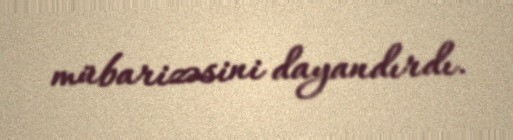
mübarizəsini dayandırdı.